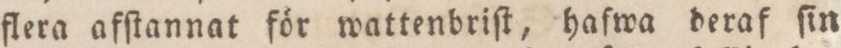
flera afſtannat för wattenbriſt, hafwa deraf ſin